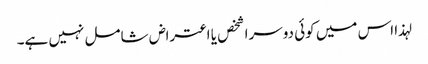
لہذا اس میں کوئی دوسرا شخص یا اعتراض شامل نہیں ہے۔